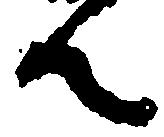
ん